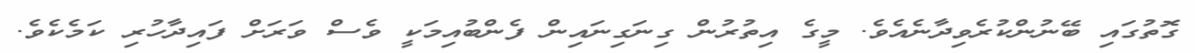
ގޮތުގައި ބޭނުންކުރެވިދާނެއެވެ. މީގެ އިތުރުން ގިނަގިނައިން ފެންބުއިމަކީ ވެސް ވަރަށް ފައިދާހުރި ކަމެކެވެ.